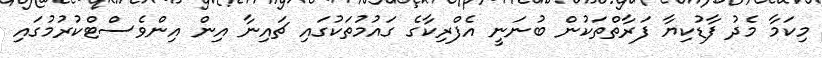
މިކަމާ މެދު ފާޑުކިޔާ ފަރާތްތަކުން ބުނަނީ އެފްރިކާގެ ގައުމުތަކުގައި ޗައިނާ އިން އިންވެސްޓްކުރުމުގައި